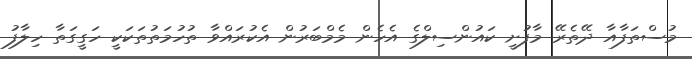
މުސްތަފާއާ ދޭތެރޭ މާފުށީ ކައުންސިލްގެ އެހެން މެމްބަރުން އެކުރައްވާ ތުހުމަތުތަކަކީ ހަގީގަތާ ހިލާފު